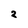
Character: 2